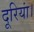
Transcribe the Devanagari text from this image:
दूरियां।